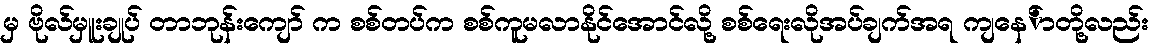
မှ ဗိုလ်မှူးချုပ် တာဘုန်းကျော် က စစ်တပ်က စစ်ကူမလာနိုင်အောင်လို့ စစ်ရေးလိုအပ်ချက်အရ ကျနေ်ာတို့လည်း